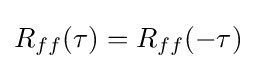
R_{ff}(\tau )=R_{ff}(-\tau )